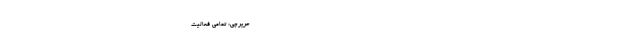
------------------------------------------------- حریرچی: تمامی فعالیت